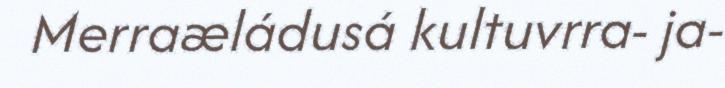
Merraæládusá kultuvrra- ja-